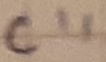
Text: C11